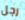
رجل